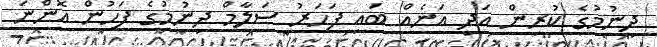
ދިނުމުގެ ކުރިން އަދި އަނެއް ބައި ފަހަރު ސަލާމް ދިނުމުގެ ފަހުން އޮންނަ